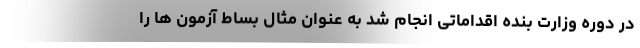
در دوره وزارت بنده اقداماتی انجام شد به عنوان مثال بساط آزمون ها را